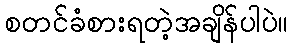
စတင်ခံစားရတဲ့အချိန်ပါပဲ။